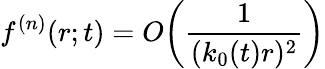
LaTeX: f^{(n)}(r;t)=O\bigg(\frac{1}{(k_{0}(t)r)^{2}}\bigg)